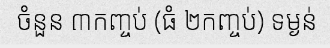
ចំនួន ៣កញ្ចប់ (ធំ ២កញ្ចប់) ទម្ងន់